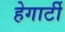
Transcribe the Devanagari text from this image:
हेगार्टी